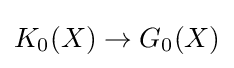
K_{0}(X)\to G_{0}(X)